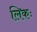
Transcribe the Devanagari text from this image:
लिकः